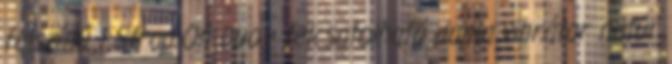
felszínű 1 Strap-On Duo - felcsatolható dupla vibrátor natúr